Leaving Certificate Examination (including Day School Certificate (Higher) General paper), 1930
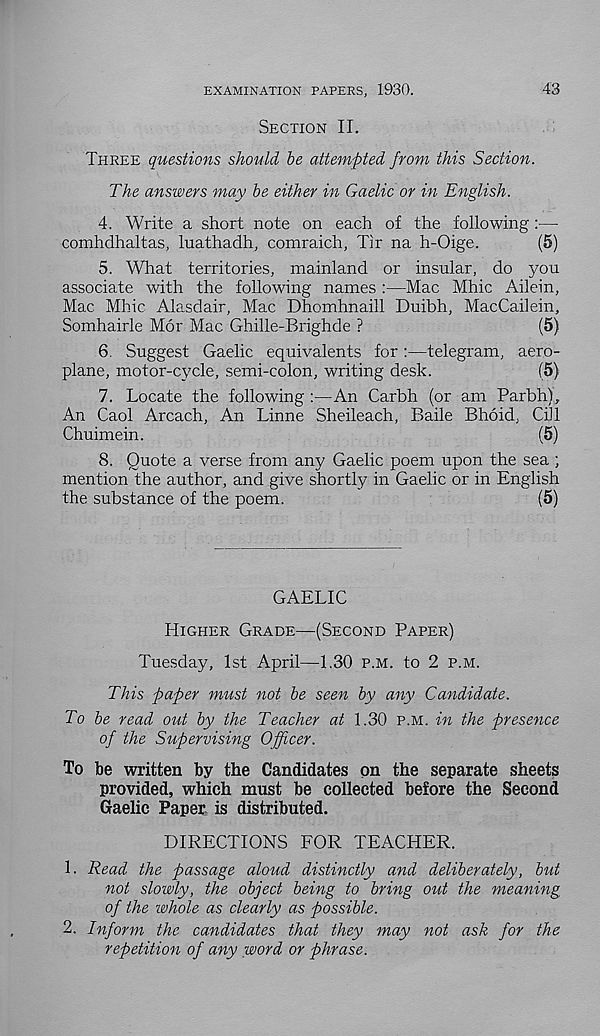
EXAMINATION PAPERS, 1930.
43
Section II.
Three questions should be attempted from this Section.
The answers may be either in Gaelic or in English.
4. Write a short note on each of the following:—
comhdhaltas, luathadh, comraich, Tir na h-Oige.
(5)
5. What territories, mainland or insular, do you
associate with the following names :—Mac Mhic Ailein,
Mac Mhic Alasdair, Mac Dhomhnaill Duibh, MacCailein,
Somhairle M6r Mac Ghille-Brighde ?
(5)
6. Suggest Gaelic equivalents for :—telegram, aero-
plane, motor-cycle, semi-colon, writing desk.
(5)
7. Locate the following :—An Carbh (or am Parbh),
An Caol Arcach, An Linne Sheileach, Baile Bhoid, Gill
Chuimein.
(5)
8. Quote a verse from any Gaelic poem upon the sea ;
mention the author, and give shortly in Gaelic or in English
the substance of the poem.
(5)
GAELIC
Higher Grade—(Second Paper)
Tuesday, 1st April—1.30 p.m. to 2 p.m.
This paper must not be seen by any Candidate.
To be read out by the Teacher at 1.30 p.m. in the presence
of the Supervising Officer.
To be written by the Candidates on the separate sheets
provided, which must be collected before the Second
Gaelic Paper is distributed.
DIRECTIONS FOR TEACHER.
L Read the passage aloud distinctly and deliberately, but
not slowly, the object being to bring out the meaning
of the whole as clearly as possible.
2. Inform the candidates that they may not ask for the
repetition of any word or phrase.